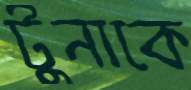
টুনাকে